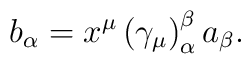
b_{\alpha }=x^{\mu }\left( \gamma _{\mu }\right) _{\alpha }^{\beta }a_{\beta}.